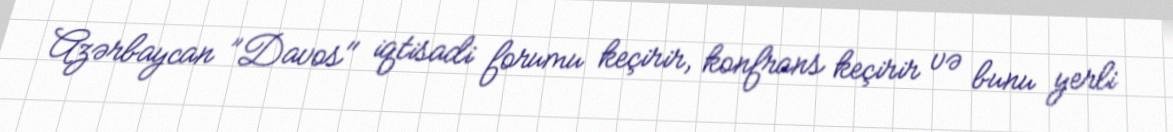
Azərbaycan ”Davos" iqtisadi forumu keçirir, konfrans keçirir və bunu yerli